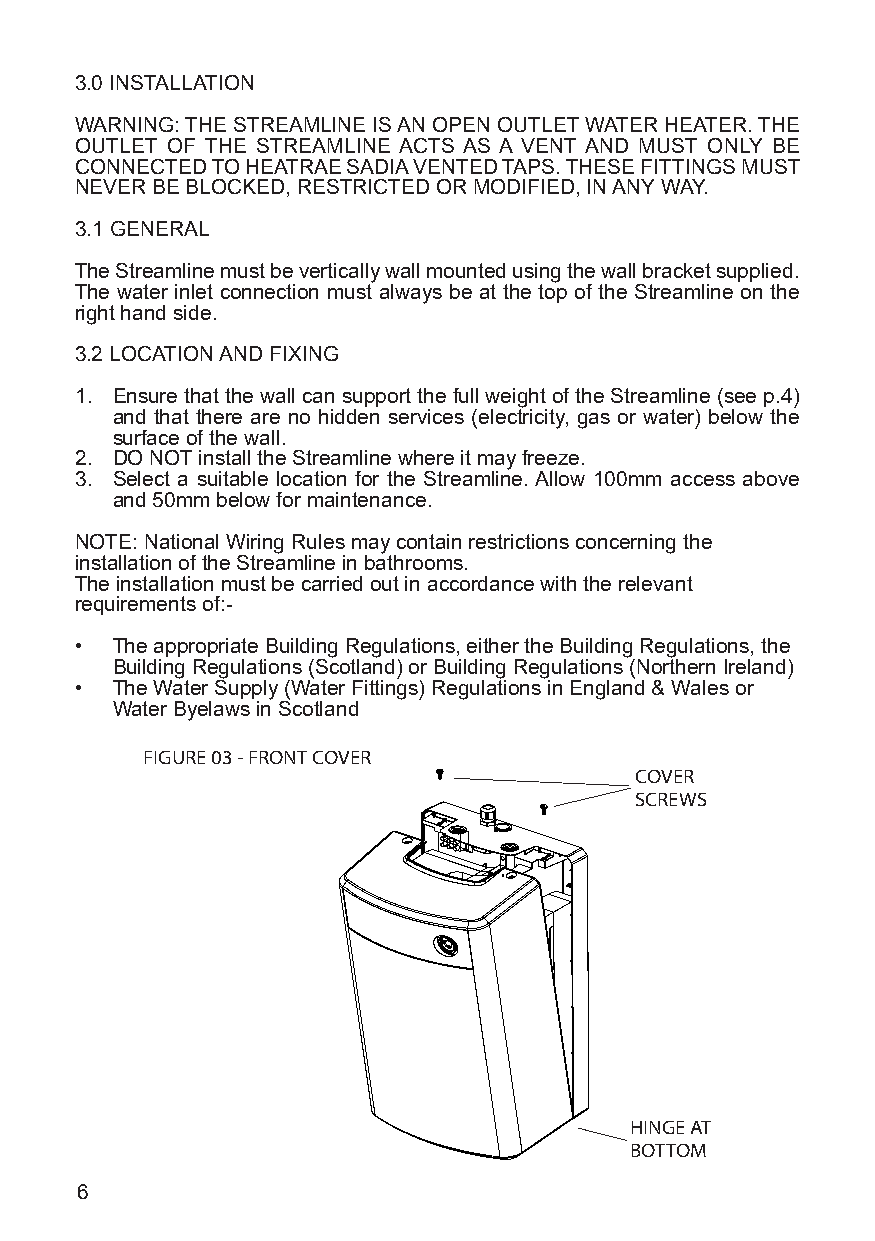
3.0 INSTALLATION
 WARNING: THE STREAMLINE IS AN OPEN OUTLET WATER HEATER. THE
 OUTLET OF THE STREAMLINE ACTS AS A VENT AND MUST ONLY BE
 CONNECTED TO HEATRAE SADIA VENTED TAPS. THESE FITTINGS MUST
 NEVER BE BLOCKED, RESTRICTED OR MODIFIED, IN ANY WAY.
 3.1 GENERAL
 The Streamline must be vertically wall mounted using the wall bracket supplied.
 The water inlet connection must always be at the top of the Streamline on the
 right hand side.
 3.2 LOCATION AND FIXING
 1. Ensure that the wall can support the full weight of the Streamline (see p.4)
 and that there are no hidden services (electricity, gas or water) below the
 surface of the wall.
 2. DO NOT install the Streamline where it may freeze.
 3. Select a suitable location for the Streamline. Allow 100mm access above
 and 50mm below for maintenance.
 NOTE: National Wiring Rules may contain restrictions concerning the
 installation of the Streamline in bathrooms.
 The installation must be carried out in accordance with the relevant
 requirements of:-
 • The appropriate Building Regulations, either the Building Regulations, the
 Building Regulations (Scotland) or Building Regulations (Northern Ireland)
 • The Water Supply (Water Fittings) Regulations in England & Wales or
 Water Byelaws in Scotland
 FIGURE 03 - FRONT COVER
 COVER
 SCREWS
 HINGE AT
 BOTTOM
 6